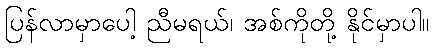
ပြန်လာမှာပေါ့ ညီမရယ်၊ အစ်ကိုတို့ နိုင်မှာပါ။